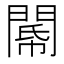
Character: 𨵂